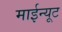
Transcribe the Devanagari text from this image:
माईन्यूट